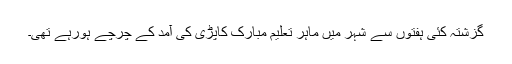
گزشتہ کئی ہفتوں سے شہر میں ماہر تعلیم مبارک کاپڑی کی آمد کے چرچے ہورہے تھی۔